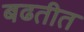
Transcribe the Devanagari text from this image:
बढतीत